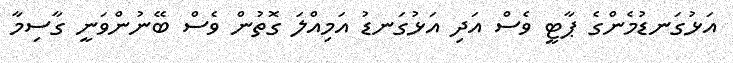
އަޅުގަނޑުމެންގެ ޕާޓީ ވެސް އަދި އަޅުގަނޑު އަމިއްލަ ގޮތުން ވެސް ބޭނުންވަނީ ގާސިމާ